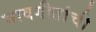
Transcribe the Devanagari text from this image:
भावगीतांची